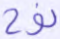
نوح